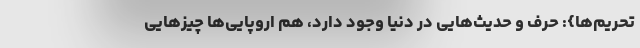
تحریم‌ها}: حرف و حدیث‌هایی در دنیا وجود دارد، هم اروپایی‌ها چیزهایی